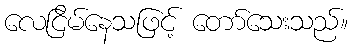
လေငြိမ်နေသဖြင့် တော်သေးသည်။